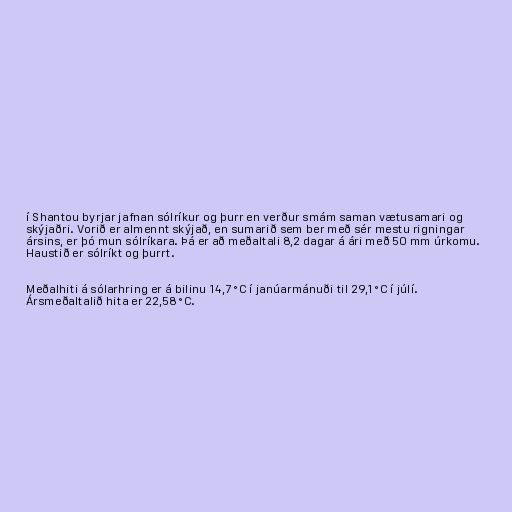
í Shantou byrjar jafnan sólríkur og þurr en verður smám saman vætusamari og
skýjaðri. Vorið er almennt skýjað, en sumarið sem ber með sér mestu rigningar
ársins, er þó mun sólríkara. Þá er að meðaltali 8,2 dagar á ári með 50 mm úrkomu.
Haustið er sólríkt og þurrt.

Meðalhiti á sólarhring er á bilinu 14,7 °C í janúarmánuði til 29,1 °C í júlí.
Ársmeðaltalið hita er 22,58 °C.